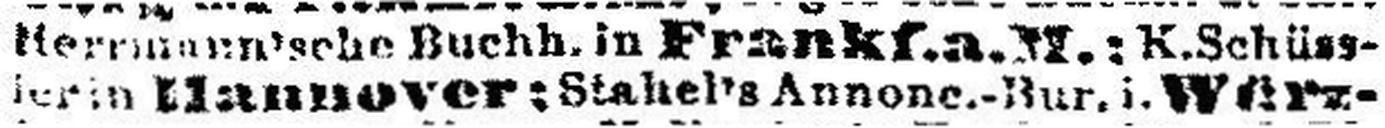
teria Hannover; Stahel's Annone.-flur. i. Würz¬